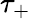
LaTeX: \tau_{+}